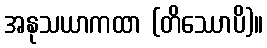
အနုသယာကထာ (တိဿောပိ)။